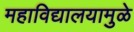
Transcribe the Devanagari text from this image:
महाविद्यालयामुळे